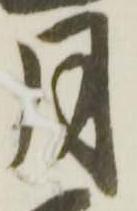
月